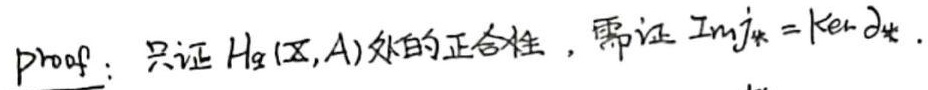
Proof: 只证 $H_q(X,A)$ 处的正合性，需证 $\text{Im}j_*=\text{Ker}\partial_*$.